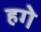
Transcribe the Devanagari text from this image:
हगे